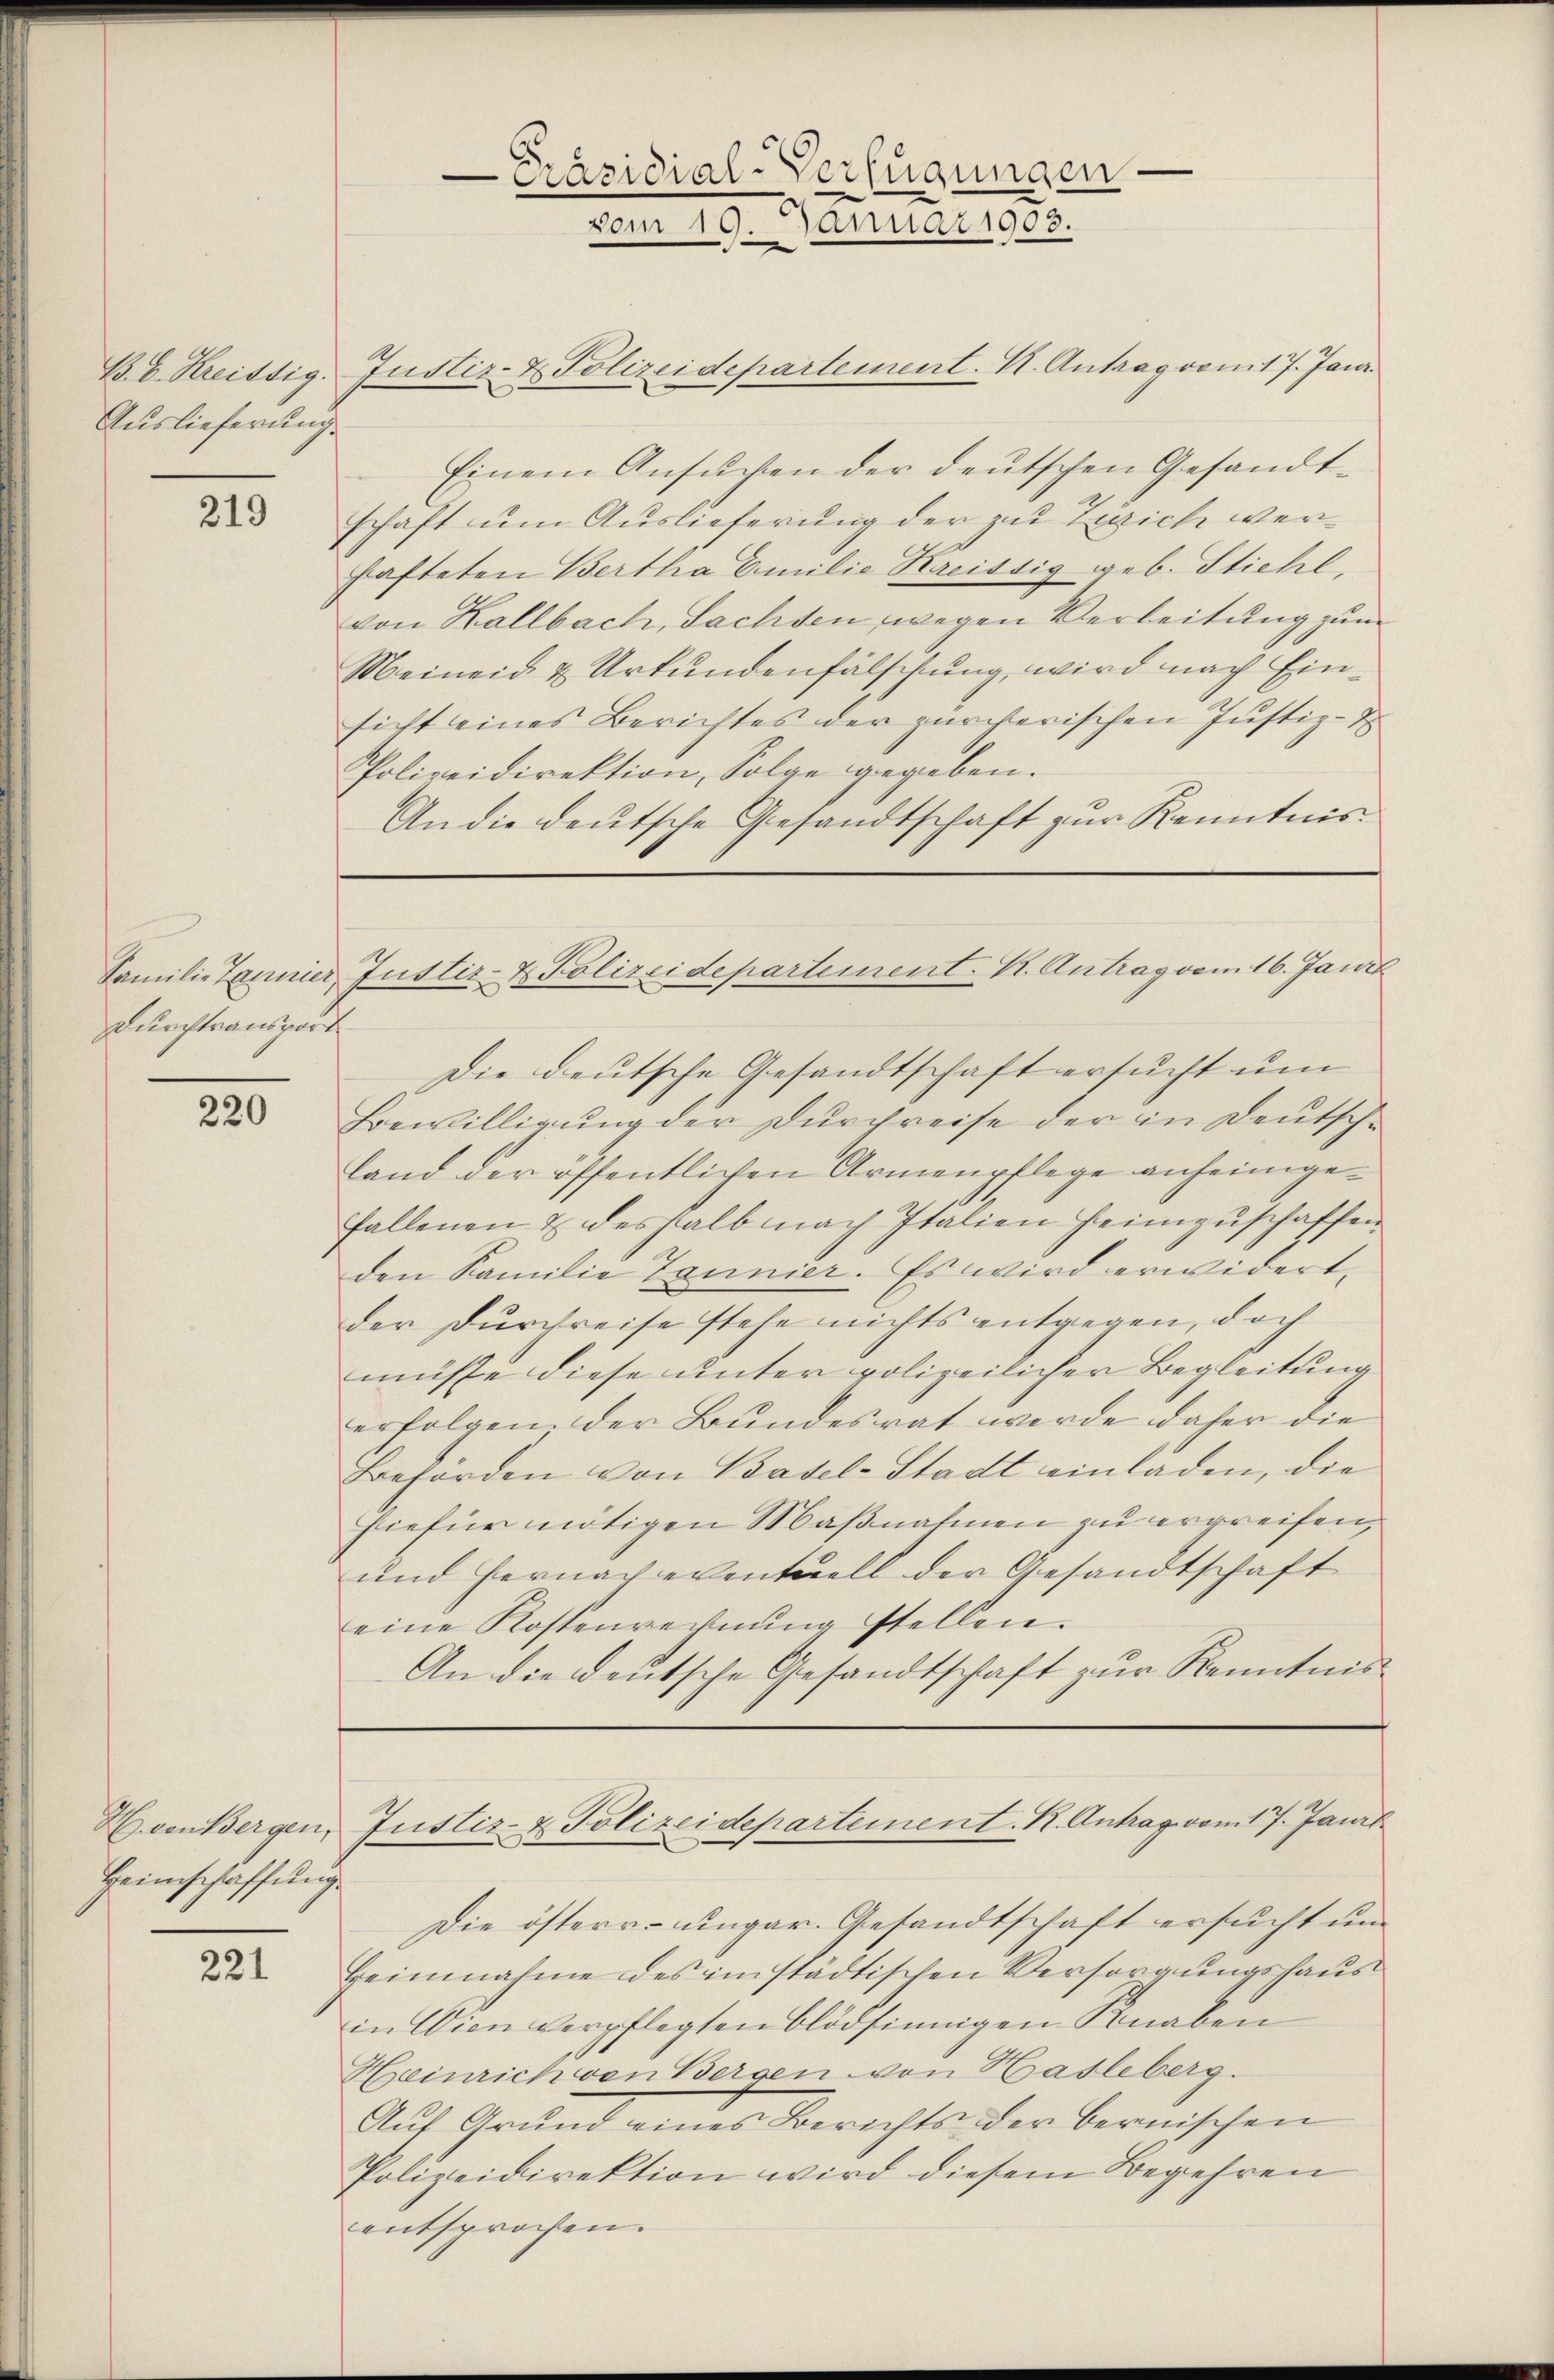
Auslieferung.

219

Durchtransport

220

Heimschaffŭng

221

B. b. Kreistig. Justiz- & Polizeidepartement. K. Antrag vom 17. Janr.
Einem Ansuchen der deutschen Gesandtschaft um Auslieferung der zur Zusich verhafteten Bertha Emilie Kreissig geb. Stichl,
von Hallbach, Sachsen wegen Verbeitung zum
Meineid & Urkundenfälschung, wird nach Einsicht eines Berichtes der zürcherischen Justiz-
Polizeidirektion, Folge gegeben.
An die deutsche Gesandtschaft zur Kenntnis¬

Präsidial-Verfügungen
.
vom 10. Januar 1903.

Familie Tanner Justiz- & Polizeidepartement. K. Antrag vom 16. Jani

Hvon Bergen, Justiz- & Polizeidepartement. K. Antrag vom 17. Janil

Die deutsche Gesandtschaft ersucht um
Bewilligung der Durchreise der in Deutsche
land der öffentlichen Armenpflege anheimgefallenen & deshalb nach Italien Heimzuschaffen
den Familie Tannier. Es wird erwidert,
der Durchreise stehe nichts entgegen, doch
müsse diese unter polizeilicher Begleitung
erfolgen der Bundesrat werde daher die
Behörden von Basel-Stadt einladen, die
hiefür nötigen Maßnahmen zu ergreifen,
und hernach eventuell der Gesandtschaft
eine Kostenvernung stellen.
An die deutsche Gesandtschaft zur Kenntnis¬

Die österr. ungar. Gesandtschaft ersucht und
Heimnahme des in städtischen Versorgungshaus
in Wien verpflegten blödsinnigen Knaben
Heinrich von Bergen von Hasleberg.
Auf Grund eines Berichts der bernischen
Polizeidirektion wird diesem Begehren
entsprochen.